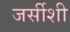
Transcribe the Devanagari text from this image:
जर्सीशी